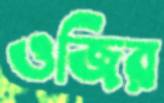
ওজির